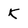
Character: k